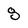
Character: 8